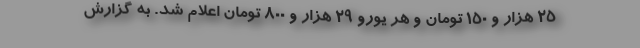
۲۵ هزار و ۱۵۰ تومان و هر یورو ۲۹ هزار و ۸۰۰ تومان اعلام شد. به گزارش